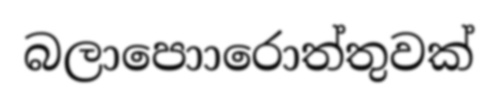
බලාපොාරොත්තුවක්